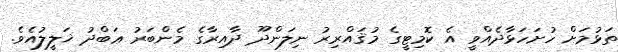
ތަޅުމަށް ހުށަހަޅާދެއްވީ އެ ކޮމިޓީގެ މުޤައްރިރު ނިލަންދޫ ދާއިރާގެ މެންބަރު ޢަބްދު ޚަލީލުއެވެ.